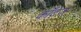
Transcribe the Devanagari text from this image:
काँटेज